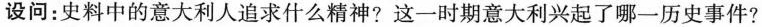
设问：史料中的意大利人追求什么精神?这一时期意大利兴起了哪一历史事件?